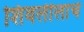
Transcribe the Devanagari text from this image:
शिवलीलांचे